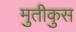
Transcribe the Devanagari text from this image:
मुतीकुस